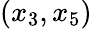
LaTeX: (x_{3},x_{5})